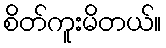
စိတ်ကူးမိတယ်။